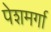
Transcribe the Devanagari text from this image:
पेशमर्गा